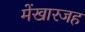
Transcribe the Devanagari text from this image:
मेंखारजह